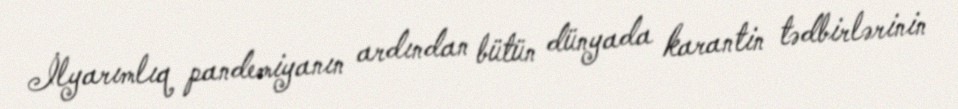
İlyarımlıq pandemiyanın ardından bütün dünyada karantin tədbirlərinin